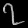
Digit: ၇